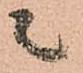
ニ